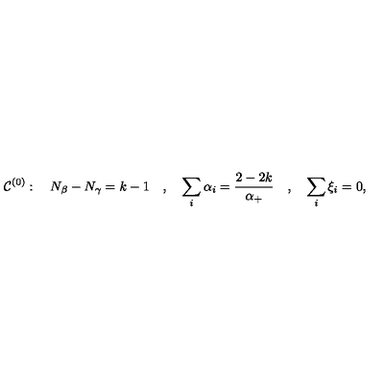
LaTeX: { \cal C } ^ { ( 0 ) } : \quad N _ { \beta } - N _ { \gamma } = k - 1 \quad , \quad \sum _ { i } \alpha _ { i } = { \frac { 2 - 2 k } { \alpha _ { + } } } \quad , \quad \sum _ { i } \xi _ { i } = 0 ,